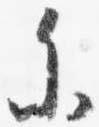
参